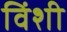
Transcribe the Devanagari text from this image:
विंशी